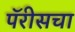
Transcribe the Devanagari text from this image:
पॅरीसचा